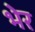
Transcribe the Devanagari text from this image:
भेर